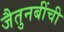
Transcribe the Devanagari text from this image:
जैतुनबींची